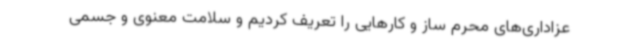
عزاداری‌های محرم ساز و کارهایی را تعریف کردیم و سلامت معنوی و جسمی